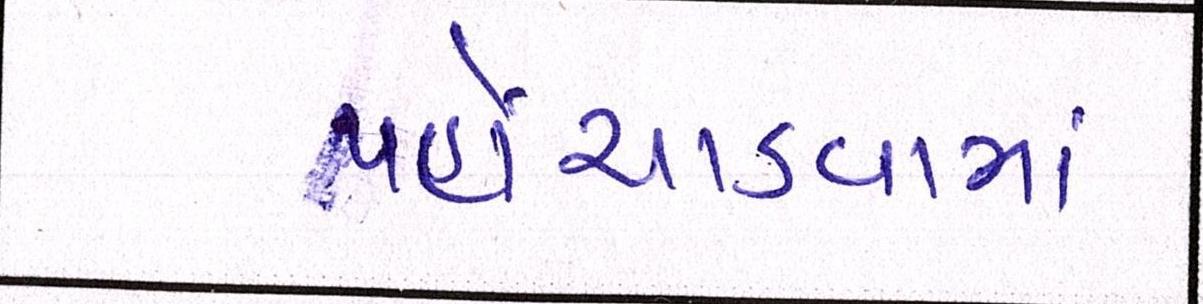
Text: પહોંચાડવામાં